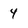
Character: 4